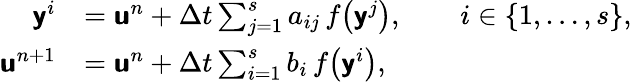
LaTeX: \begin{array}{rl}{\mathbf{\boldsymbol{\mathsf{y}}}^{i}}&{=\mathbf{\boldsymbol{\mathsf{u}}}^{n}+\Delta t\sum_{j=1}^{s}a_{ij}\, f\bigl(\mathbf{\boldsymbol{\mathsf{y}}}^{j}\bigr),\qquad i\in\{ 1,\dots,s\} ,}\\ {\mathbf{\boldsymbol{\mathsf{u}}}^{n+1}}&{=\mathbf{\boldsymbol{\mathsf{u}}}^{n}+\Delta t\sum_{i=1}^{s}b_{i}\, f\bigl(\mathbf{\boldsymbol{\mathsf{y}}}^{i}\bigr),}\end{array}